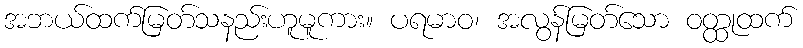
အဘယ်ထက်မြတ်သနည်းဟူမူကား။ ပရမာဝ၊ အလွန်မြတ်သော ဝတ္ထုထက်